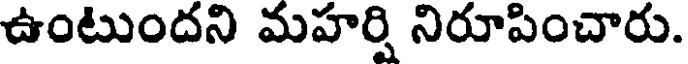
ఉంటుందని మహర్షి నిరూపించారు.